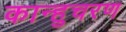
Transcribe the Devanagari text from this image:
कान्हुचरण